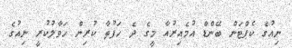
ނިއުގެ ކެޕްޓަން ބޭންޑް އުމެއިރުއާ މީގެ ދެ ހަފުތާ ކުރިން ހަވާލުކުރީ ނިއުގެ